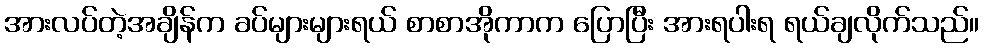
အားလပ်တဲ့အချိန်က ခပ်များများရယ် စာစာအိုကာက ပြောပြီး အားရပါးရ ရယ်ချလိုက်သည်။